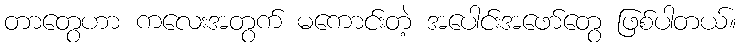
တာတွေဟာ ကလေးအတွက် မကောင်းတဲ့ အပေါင်းအဖော်တွေ ဖြစ်ပါတယ်။